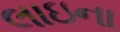
લાઇના